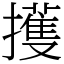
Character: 擭